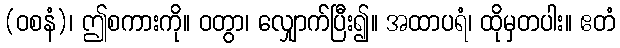
(ဝစနံ)၊ ဤစကားကို။ ဝတွာ၊ လျှောက်ပြီး၍။ အထာပရံ၊ ထိုမှတပါး။ ဧတံ